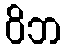
ဝိဘ